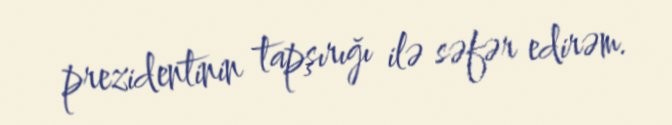
prezidentinin tapşırığı ilə səfər edirəm.